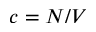
c = N / V